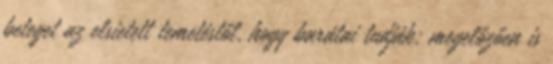
beteget az elsietett temetéstől, hogy barátai tudják: megelőzően is